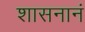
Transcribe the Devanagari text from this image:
शासनानं